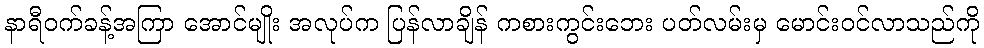
နာရီဝက်ခန့်အကြာ အောင်မျိုး အလုပ်က ပြန်လာချိန် ကစားကွင်းဘေး ပတ်လမ်းမှ မောင်းဝင်လာသည်ကို